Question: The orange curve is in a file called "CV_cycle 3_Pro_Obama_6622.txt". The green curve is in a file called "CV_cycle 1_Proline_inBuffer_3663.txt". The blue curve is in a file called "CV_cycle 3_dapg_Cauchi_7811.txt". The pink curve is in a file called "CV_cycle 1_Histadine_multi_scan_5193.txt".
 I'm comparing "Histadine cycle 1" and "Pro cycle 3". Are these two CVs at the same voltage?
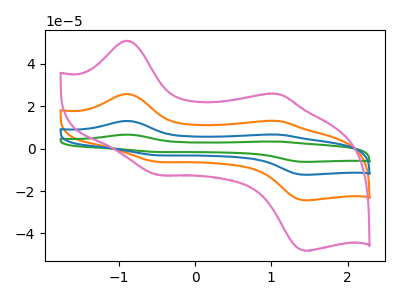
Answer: <think>The orange curve "Pro cycle 3" has anodic peaks at (-0.90V, 25.75uA) (1.10V, 13.05uA) and cathodic peaks at (-0.50V, -6.30uA) (1.45V, -24.35uA). The green curve "Proline cycle 1" has anodic peaks at (-0.90V, 77.20uA) (1.10V, 39.15uA) and cathodic peaks at (-0.50V, -18.85uA) (1.45V, -73.10uA). The blue curve "dapg cycle 3" has anodic peaks at (-0.90V, 51.50uA) (1.10V, 26.10uA) and cathodic peaks at (-0.50V, -12.55uA) (1.45V, -48.75uA). The pink curve "Histadine cycle 1" has anodic peaks at (-0.90V, 50.85uA) (1.10V, 25.80uA) and cathodic peaks at (-0.50V, -12.40uA) (1.45V, -48.15uA).
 All the peaks in "Histadine cycle 1" have a peak in "Pro cycle 3" at the same potential. Every peak in "Histadine cycle 1" is higher than every peak in "Pro cycle 3".</think>
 <answer>"Histadine cycle 1" and "Pro cycle 3" are similar in shape.</answer>
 <eval>same_shape</eval>